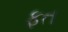
ફત